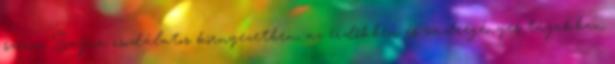
szenn Bajna csodálatos környezetben, az erdőkben és vadregényes tájakban